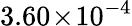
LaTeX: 3.60\! \times\! 10^{-4}